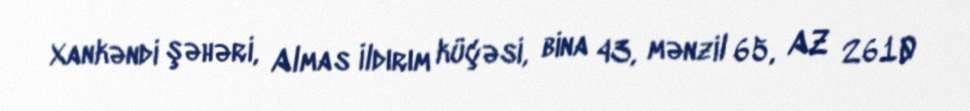
Xankəndi şəhəri, Almas İldırım küçəsi, bina 43, mənzil 65, AZ 2610